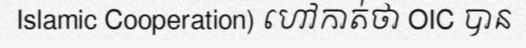
Islamic Cooperation) ហៅកាត់ថា OIC បាន